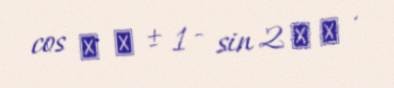
cos ⁡ θ ± 1 − sin 2 ⁡ θ .